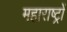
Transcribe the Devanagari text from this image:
महाराष्ट्रों